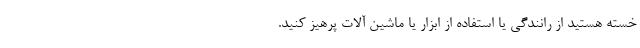
خسته هستید از رانندگی یا استفاده از ابزار یا ماشین آلات پرهیز کنید.